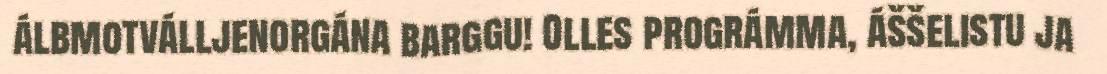
álbmotválljenorgána barggu! Olles prográmma, áššelistu ja